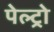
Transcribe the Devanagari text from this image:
पेल्ट्रो